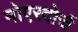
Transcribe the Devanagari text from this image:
मोएरदोर्ज